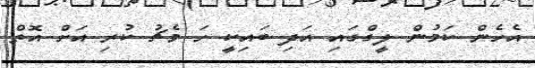
އެހެން ކަމުން ލީގްގައި އަދި ބައިކީ ހަ މެޗު ކުރި އަށް އޮތް